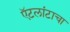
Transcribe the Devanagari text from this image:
ऍटलांटाचा